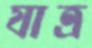
যাত্র